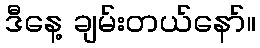
ဒီနေ့ ချမ်းတယ်နော်။